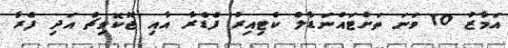
އަމާޒު 10 ވަނަ ތަށްޓައްނަޑާލް ކެޓިއިރު ފެޑެރާ އާއި ޖޮކޮވިޗް އަދި ފެރާ